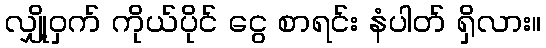
လျှို့ဝှက် ကိုယ်ပိုင် ငွေ စာရင်း နံပါတ် ရှိလား။